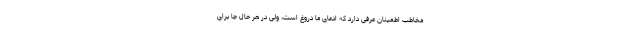
مخاطب اطمینان عرفی دارد که ادعای ما دروغ است، ولی در هر حال جا برای